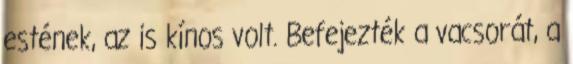
estének, az is kínos volt. Befejezték a vacsorát, a